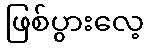
ဖြစ်ပွားလေ့